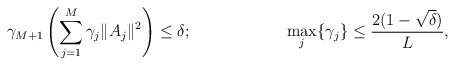
LaTeX: \begin{align*}\gamma_{M+1}\left( \sum_{j=1}^M \gamma_j\|A_j\|^2\right)\leq \delta; && && \max_j\{\gamma_j\} \leq \frac{2(1-\sqrt{\delta})}{L},\end{align*}